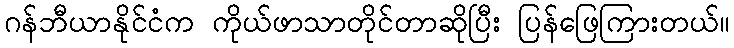
ဂန်ဘီယာနိုင်ငံက ကိုယ်ဖာသာတိုင်တာဆိုပြီး ပြန်ဖြေကြားတယ်။